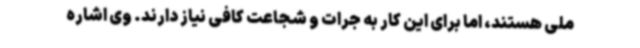
ملی هستند، اما برای این کار به جرات و شجاعت کافی نیاز دارند. وی اشاره